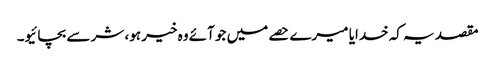
مقصد یہ کہ خدایا میرے حصے میں جو آئے وہ خیر ہو، شر سے بچائیو۔